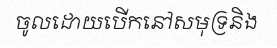
ចូលដោយបើកនៅសមុទ្រនិង